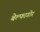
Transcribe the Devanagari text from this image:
बेल्फागोर